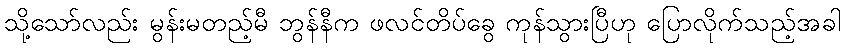
သို့သော်လည်း မွန်းမတည့်မီ ဘွန်နီက ဖလင်တိပ်ခွေ ကုန်သွားပြီဟု ပြောလိုက်သည့်အခါ